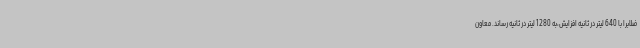
ضلابرا با 640 لیتر در ثانیه افزایش،به 1280 لیتر در ثانیه رساند. معاون